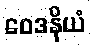
ဝေဒနိယံ